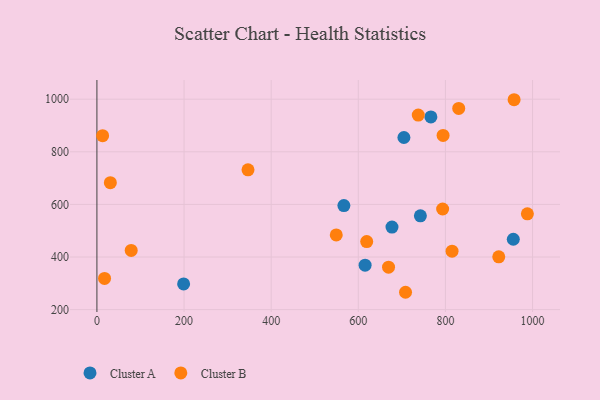
{"axis": {"x": "Speed", "y": "Rating"}, "legend": ["Cluster A", "Cluster B"], "data": [{"x": "615.6", "y": 369.1, "type": "Cluster A"}, {"x": "566.9", "y": 595.6, "type": "Cluster A"}, {"x": "704.7", "y": 854.4, "type": "Cluster A"}, {"x": "199.0", "y": 297.9, "type": "Cluster A"}, {"x": "766.6", "y": 932.4, "type": "Cluster A"}, {"x": "677.3", "y": 513.7, "type": "Cluster A"}, {"x": "955.8", "y": 467.6, "type": "Cluster A"}, {"x": "742.5", "y": 556.7, "type": "Cluster A"}, {"x": "708.4", "y": 266.0, "type": "Cluster B"}, {"x": "794.6", "y": 862.2, "type": "Cluster B"}, {"x": "815.2", "y": 422.2, "type": "Cluster B"}, {"x": "988.1", "y": 564.1, "type": "Cluster B"}, {"x": "30.8", "y": 682.7, "type": "Cluster B"}, {"x": "17.5", "y": 318.7, "type": "Cluster B"}, {"x": "549.4", "y": 484.0, "type": "Cluster B"}, {"x": "793.6", "y": 582.6, "type": "Cluster B"}, {"x": "922.4", "y": 400.7, "type": "Cluster B"}, {"x": "830.5", "y": 965.0, "type": "Cluster B"}, {"x": "13.1", "y": 861.3, "type": "Cluster B"}, {"x": "737.6", "y": 939.6, "type": "Cluster B"}, {"x": "957.6", "y": 997.9, "type": "Cluster B"}, {"x": "619.3", "y": 458.7, "type": "Cluster B"}, {"x": "78.7", "y": 425.2, "type": "Cluster B"}, {"x": "669.4", "y": 361.5, "type": "Cluster B"}, {"x": "346.8", "y": 731.6, "type": "Cluster B"}]}